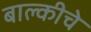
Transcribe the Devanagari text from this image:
बाल्कीचे